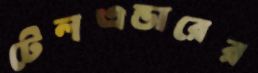
টেলএন্ডারের